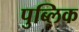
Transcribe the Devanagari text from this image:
पुब्लिक